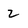
Character: z